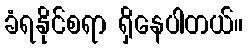
ခံရနိုင်စရာ ရှိနေပါတယ်။